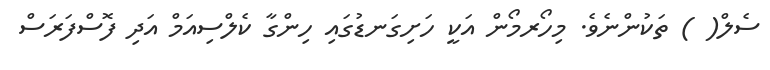
ސެލް( ) ތަކުންނެވެ. މިހޯރމޯން އަކީ ހަށިގަނޑުގައި ހިންގާ ކެލްސިއަމް އަދި ފޮސްފަރަސް